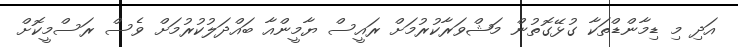
އަދި މި ޑިމާންޑްތަކާ ގުޅޭގޮތުން މަޝްވަރާކުރުމަށް ރައީސް ޔާމީންއާ ބައްދަލުކުރުމަށް ވެސް ރަސްމީކޮށް